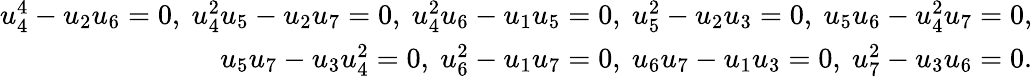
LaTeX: \begin{array}{r}{u_{4}^{4}-u_{2}u_{6}=0,\ u_{4}^{2}u_{5}-u_{2}u_{7}=0,\ u_{4}^{2}u_{6}-u_{1}u_{5}=0,\ u_{5}^{2}-u_{2}u_{3}=0,\ u_{5}u_{6}-u_{4}^{2}u_{7}=0,}\\ {u_{5}u_{7}-u_{3}u_{4}^{2}=0,\ u_{6}^{2}-u_{1}u_{7}=0,\ u_{6}u_{7}-u_{1}u_{3}=0,\ u_{7}^{2}-u_{3}u_{6}=0.}\end{array}